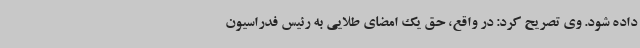
داده شود. وی تصریح کرد: در واقع، حق یک امضای طلایی به رئیس فدراسیون